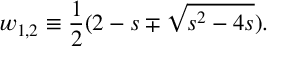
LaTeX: w _ { 1 , 2 } \equiv { \frac { 1 } { 2 } } ( 2 - s \mp \sqrt { s ^ { 2 } - 4 s } ) .